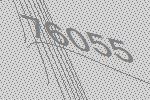
76055